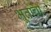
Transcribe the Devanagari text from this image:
भूतांचा